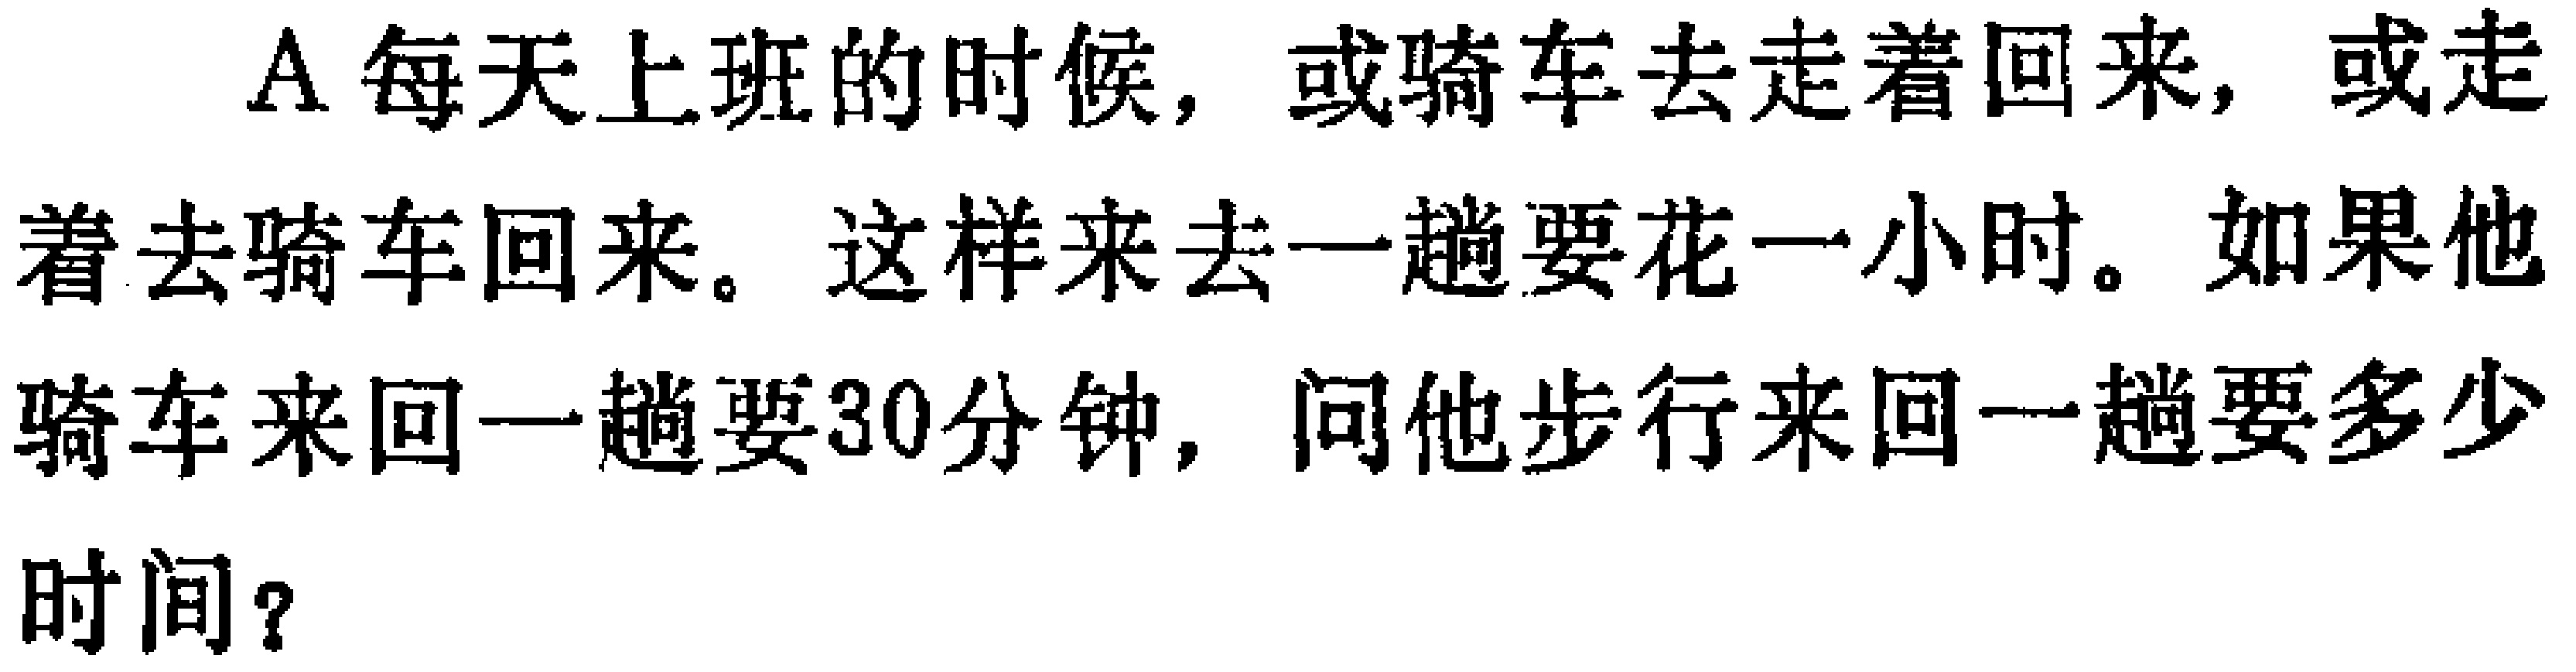
A每天上班的时候，或骑车去走着回来，或走着去骑车回来。这样来去一趟要花一小时。如果他骑车来回一趟要30分钟，问他步行来回一趟要多少时间？